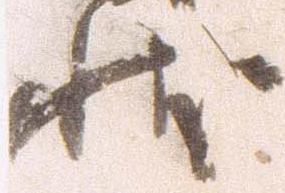
状